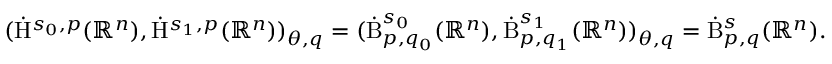
\begin{array} { r } { ( \dot { \mathrm { H } } ^ { s _ { 0 } , p } ( \mathbb { R } ^ { n } ) , \dot { \mathrm { H } } ^ { s _ { 1 } , p } ( \mathbb { R } ^ { n } ) ) _ { \theta , q } = ( \dot { \mathrm { B } } _ { p , q _ { 0 } } ^ { s _ { 0 } } ( \mathbb { R } ^ { n } ) , \dot { \mathrm { B } } _ { p , q _ { 1 } } ^ { s _ { 1 } } ( \mathbb { R } ^ { n } ) ) _ { \theta , q } = \dot { \mathrm { B } } _ { p , q } ^ { s } ( \mathbb { R } ^ { n } ) \mathrm { . } } \end{array}